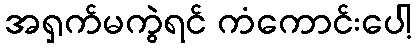
အရှက်မကွဲရင် ကံကောင်းပေါ့